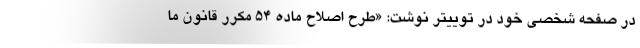
در صفحه شخصی خود در توییتر نوشت: «طرح اصلاح ماده ۵۴ مکرر قانون ما